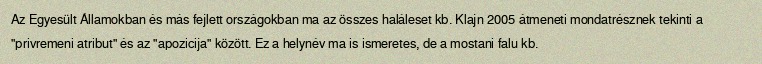
Az Egyesült Államokban és más fejlett országokban ma az összes haláleset kb. Klajn 2005 átmeneti mondatrésznek tekinti a "privremeni atribut" és az "apozicija" között. Ez a helynév ma is ismeretes, de a mostani falu kb.